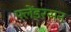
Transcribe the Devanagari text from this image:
फ्लेंडरसन